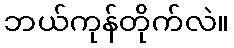
ဘယ်ကုန်တိုက်လဲ။